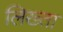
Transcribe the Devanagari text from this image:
लिख्ता